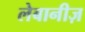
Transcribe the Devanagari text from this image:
लेबानीज़